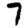
Digit: 7